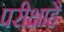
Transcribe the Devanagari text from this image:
परीक्षाहै